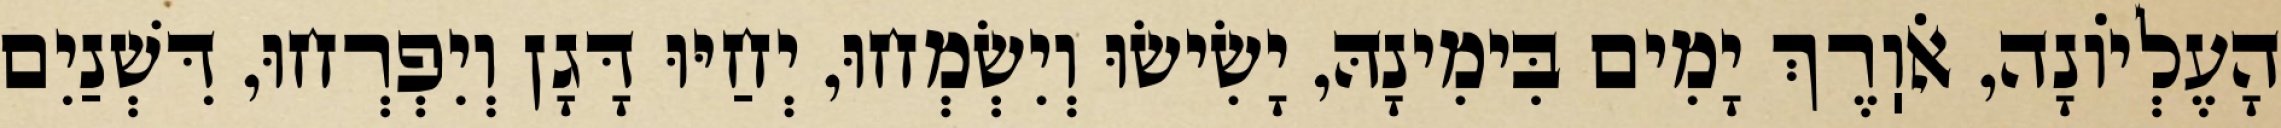
הָעֶלְיוֹנָה, אֹוֽרֶךְ יָמִים בִּימִינָהּ, יָשִׂישׂוּ וְיִשְׂמְחוּ, יְחַיּוּ דָּגָן וְיִפְרְחוּ, דִּשְׁנַיִם